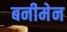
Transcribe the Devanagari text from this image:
बनीमेन